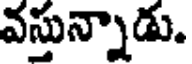
వస్తున్నాడు.